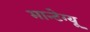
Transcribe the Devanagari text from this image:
मान्टेग्यू